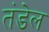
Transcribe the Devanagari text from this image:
तंडेल